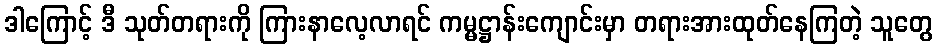
ဒါကြောင့် ဒီ သုတ်တရားကို ကြားနာလေ့လာရင် ကမ္မဋ္ဌာန်းကျောင်းမှာ တရားအားထုတ်နေကြတဲ့ သူတွေ